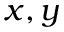
x , y